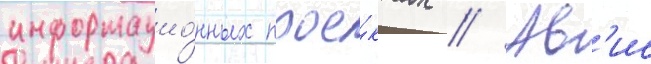
информацио́нных прое́ктах // Ав'ис